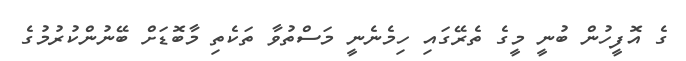
ގެ އޮފީހުން ބުނީ މީގެ ތެރޭގައި ހިމެނެނީ މަސްތުވާ ތަކެތި މާބޮޑަށް ބޭނުންކުރުމުގެ